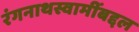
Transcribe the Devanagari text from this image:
रंगनाथस्वामींबद्दल